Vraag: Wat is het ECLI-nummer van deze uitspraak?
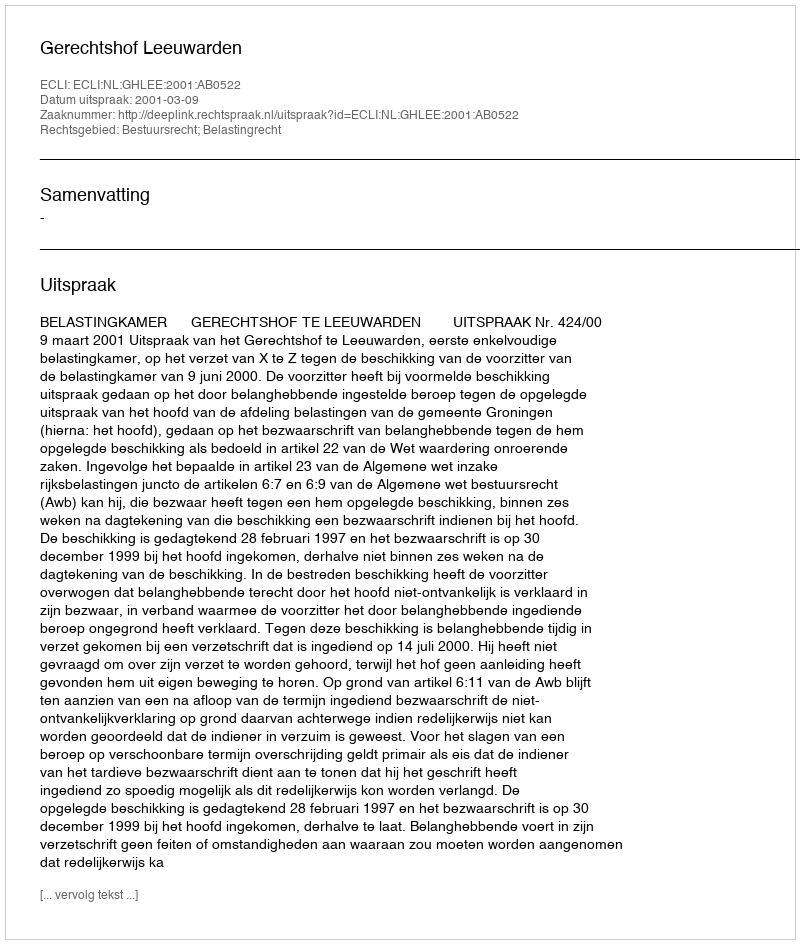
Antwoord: ECLI:NL:GHLEE:2001:AB0522